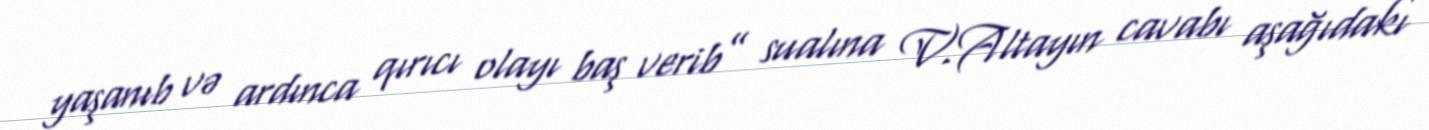
yaşanıb və ardınca qırıcı olayı baş verib” sualına V.Altayın cavabı aşağıdakı